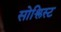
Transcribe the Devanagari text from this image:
सोश्लिस्ट